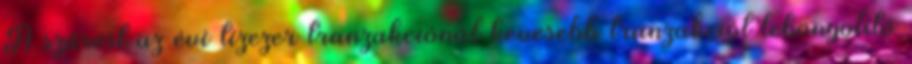
A szűrést az évi tízezer tranzakciónál kevesebb tranzakciót lebonyolító